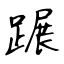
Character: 蹍